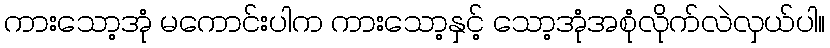
ကားသော့အုံ မကောင်းပါက ကားသော့နှင့် သော့အုံအစုံလိုက်လဲလှယ်ပါ။